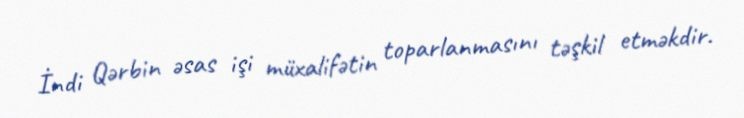
İndi Qərbin əsas işi müxalifətin toparlanmasını təşkil etməkdir.